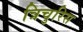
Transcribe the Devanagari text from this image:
त्रिचुरिस